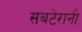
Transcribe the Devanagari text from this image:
सबटेरानी